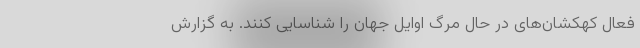
فعالِ کهکشان‌های در حال مرگِ اوایل جهان را شناسایی کنند. به گزارش